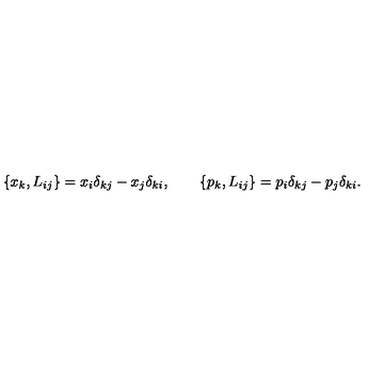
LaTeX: \{ x _ { k } , L _ { i j } \} = x _ { i } \delta _ { k j } - x _ { j } \delta _ { k i } , \qquad \{ p _ { k } , L _ { i j } \} = p _ { i } \delta _ { k j } - p _ { j } \delta _ { k i } .